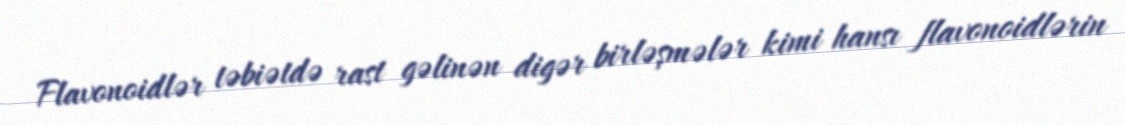
Flavonoidlər təbiətdə rast gəlinən digər birləşmələr kimi hansı flavonoidlərin